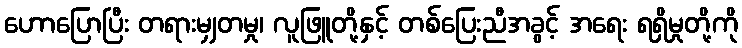
ဟောပြောပြီး တရားမျှတမှု၊ လူဖြူတို့နှင့် တစ်ပြေးညီအခွင့် အရေး ရရှိမှုတို့ကို